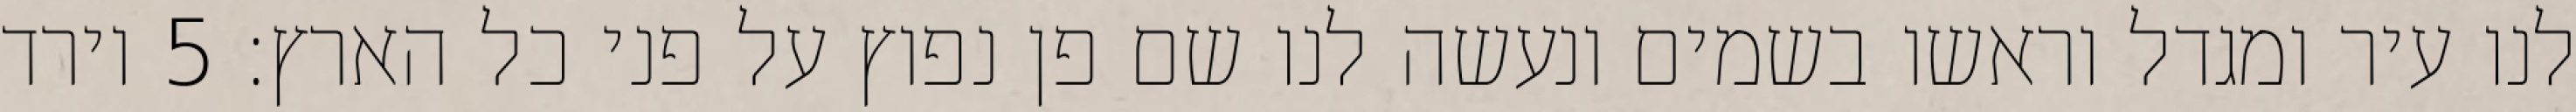
לנו עיר ומגדל וראשו בשמים ונעשה לנו שם פן נפוץ על פני כל הארץ׃ ‎5‏ וירד